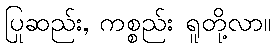
ပြုဆည်း, ကစ္စည်း ရူတို့လာ။